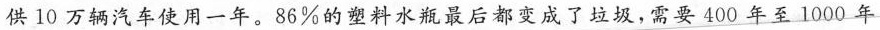
供10万辆汽车使用一年。86%的塑料水瓶最后都变成了垃圾，需要400年至1000年